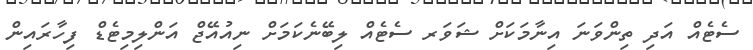
ސެޓެއް އަދި ތިންވަނަ އިނާމަކަށް ޝަވަރ ސެޓެއް ލިބޭނެކަމަށް ނިއުއޭޖް އަންލިމިޓެޑް ފިހާރައިން